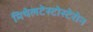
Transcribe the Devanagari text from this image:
मिथेलटेस्टोस्टेरोन